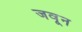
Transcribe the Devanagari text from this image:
जवून